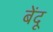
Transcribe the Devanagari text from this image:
बेंदू